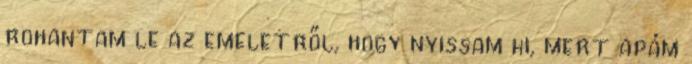
rohantam le az emeletről, hogy nyissam ki, mert apám